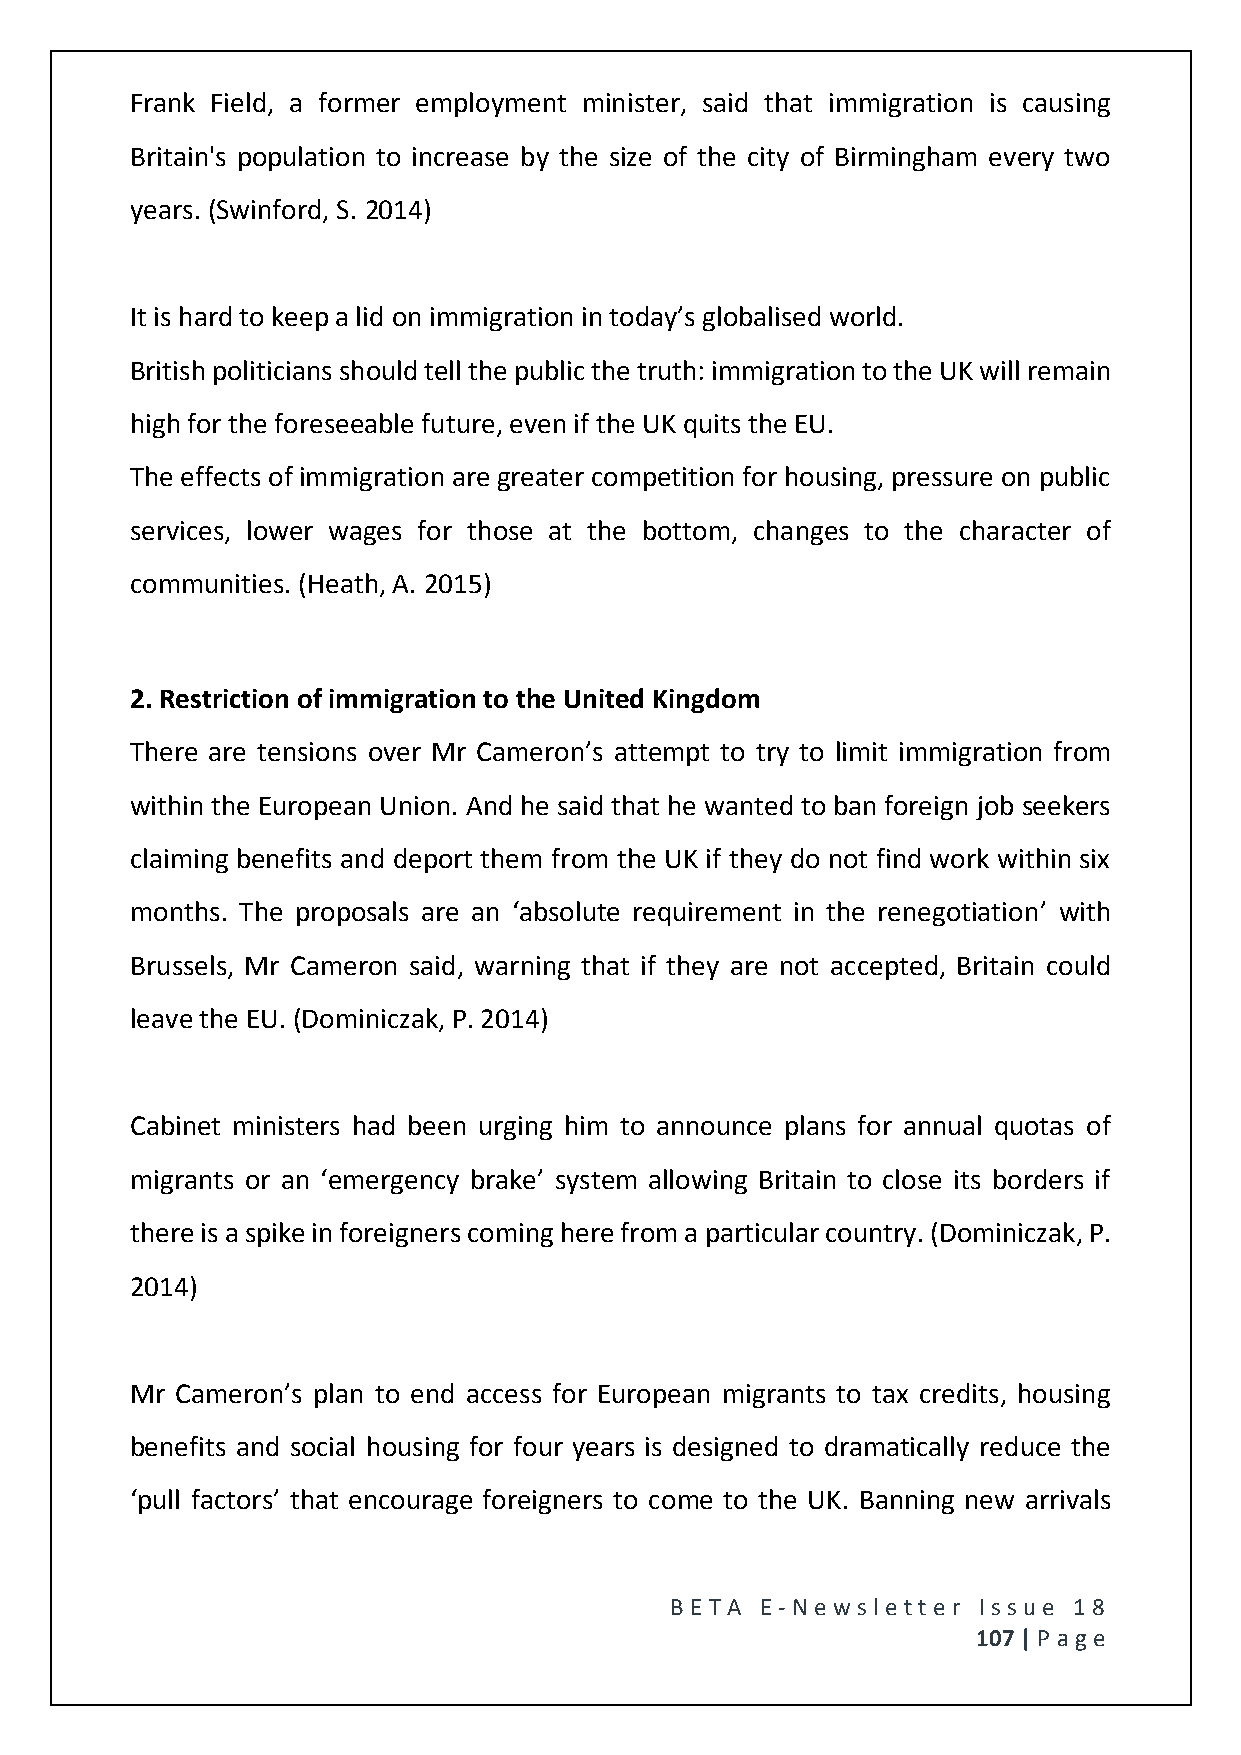
Frank Field, a former employment minister, said that immigration is causing
 Britain's population to increase by the size of the city of Birmingham every two
 years. (Swinford, S. 2014)
 It is hard to keep a lid on immigration in today’s globalised world.
 British politicians should tell the public the truth: immigration to the UK will remain
 high for the foreseeable future, even if the UK quits the EU.
 The effects of immigration are greater competition for housing, pressure on public
 services, lower wages for those at the bottom, changes to the character of
 communities. (Heath, A. 2015)
 2. Restriction of immigration to the United Kingdom
 There are tensions over Mr Cameron’s attempt to try to limit immigration from
 within the European Union. And he said that he wanted to ban foreign job seekers
 claiming benefits and deport them from the UK if they do not find work within six
 months. The proposals are an ‘absolute requirement in the renegotiation’ with
 Brussels, Mr Cameron said, warning that if they are not accepted, Britain could
 leave the EU. (Dominiczak, P. 2014)
 Cabinet ministers had been urging him to announce plans for annual quotas of
 migrants or an ‘emergency brake’ system allowing Britain to close its borders if
 there is a spike in foreigners coming here from a particular country. (Dominiczak, P.
 2014)
 Mr Cameron’s plan to end access for European migrants to tax credits, housing
 benefits and social housing for four years is designed to dramatically reduce the
 ‘pull factors’ that encourage foreigners to come to the UK. Banning new arrivals
 BE T A E -N e wsle tt e r Issue 18
 107 | P age